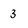
Character: 3